Cholera in southern India
Disease focus: Cholera
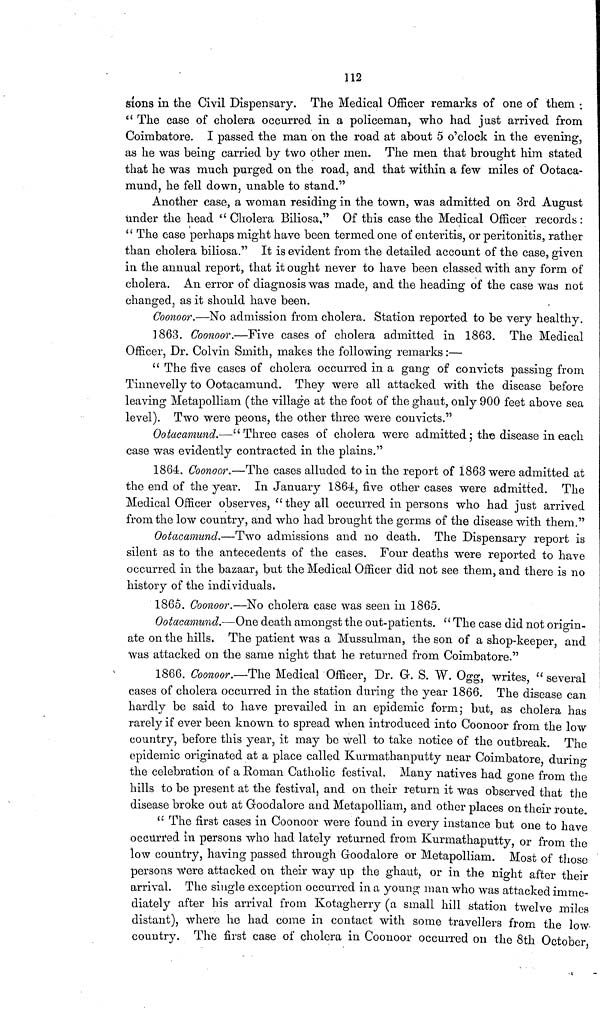
112
sions in the Civil Dispensary. The Medical Officer remarks of one of them :
" The case of cholera occurred in a policeman, who had just arrived from
Coimbatore. I passed the man on the road at about 5 o'clock in the evening,
as he was being carried by two other men. The men that brought him stated
that he was much purged on the road, and that within a few miles of Ootaca-
mund, he fell down, unable to stand."
Another case, a woman residing in the town, was admitted on 3rd August
under the head "Cholera Biliosa," Of this case the Medical Officer records:
" The case perhaps might have been termed one of enteritis, or peritonitis, rather
than cholera biliosa." It is evident from the detailed account of the case, given
in the annual report, that it ought never to have been classed with any form of
cholera. An error of diagnosis was made, and the heading of the case was not
changed, as it should have been.
Coonoor.—No admission from cholera. Station reported to be very healthy.
1863. Coonoor.—Five cases of cholera admitted in 1863. The Medical
Officer, Dr. Colvin Smith, makes the following remarks :—
" The five cases of cholera occurred in a gang of convicts passing from
Tinnevelly to Ootacamund. They were all attacked with the disease before
leaving Metapolliam (the village at the foot of the ghaut, only 900 feet above sea
level). Two were peons, the other three were couvicts."
Ootacamund.—"Three cases of cholera were admitted; the disease in each
case was evidently contracted in the plains."
1864. Coonoor.—The cases alluded to in the report of 1863 were admitted at
the end of the year. In January 1864, five other cases were admitted. The
Medical Officer observes, " they all occurred in persons who had just arrived
from the low country, and who had brought the germs of the disease with them."
Ootacamund.—Two admissions and no death. The Dispensary report is
silent as to the antecedents of the cases. Four deaths were reported to have
occurred in the bazaar, but the Medical Officer did not see them, and there is no
history of the individuals.
1865. Coonoor.—No cholera case was seen in 1865.
Ootacamund.—One death amongst the out-patients. " The case did not origin-
ate on the hills. The patient was a Mussulman, the son of a shop-keeper, and
was attacked on the same night that he returned from Coimbatore."
1866. Coonoor.—The Medical Officer, Dr. G. S. W. Ogg, writes, "several
cases of cholera occurred in the station during the year 1866. The disease can
hardly be said to have prevailed in an epidemic form; but, as cholera has
rarely if ever been known to spread when introduced into Coonoor from the low
country, before this year, it may be well to take notice of the outbreak. The
epidemic originated at a place called Kurmathanputty near Coimbatore during
the celebration of a Roman Catholic festival. Many natives had gone from the
hills to be present at the festival, and on their return it was observed that the
disease broke out at Groodalore and Metapolliam, and other places on their route
" The first cases in Coonoor were found in every instance but one to have
occurred in persons who had lately returned from Kurmathaputty, or from the
low country, having passed through Goodalore or Metapolliam. Most of those
persons Were attacked on their way up the ghaut, or in the night after their
arrival. The single exception occurred in a young man who was attacked imme-
diately after his arrival from Kotagherry (a small hill station twelve miles
distant), where he had come in contact with some travellers from the low
country. The first case of cholera in Coonoor occurred on the 8th October